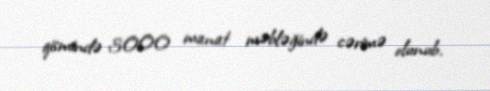
qismində 3000 manat məbləğində cərimə olunub.